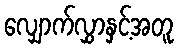
လျှောက်လွှာနှင့်အတူ